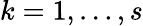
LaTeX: k=1,\ldots,s